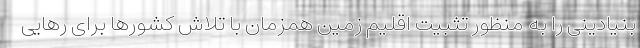
بنیادینی را به منظور تثبیت اقلیم زمین همزمان با تلاش کشورها برای رهایی